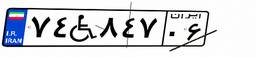
۲۲W۱۰۷۱۱